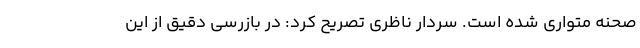
صحنه متواری شده است. سردار ناظری تصریح کرد: در بازرسی دقیق از این